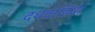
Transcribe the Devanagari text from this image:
दधवाडिया